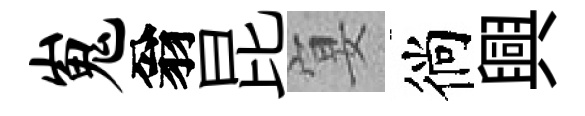
嵬翁昆宴徜興